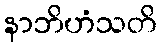
နာဘိဟံသတိ